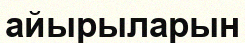
айырыларын